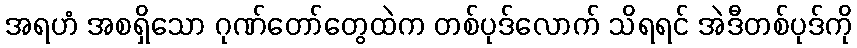
အရဟံ အစရှိသော ဂုဏ်တော်တွေထဲက တစ်ပုဒ်လောက် သိရရင် အဲဒီတစ်ပုဒ်ကို